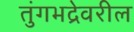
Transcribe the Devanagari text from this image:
तुंगभद्रेवरील